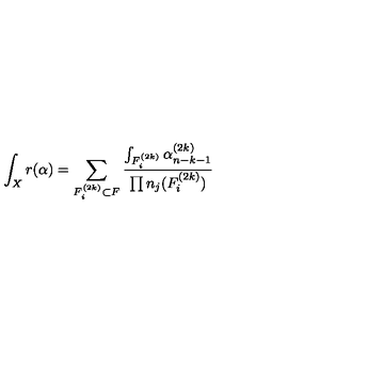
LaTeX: \int _ { X } r ( \alpha ) = \sum _ { F _ { i } ^ { ( 2 k ) } \subset F } \frac { \int _ { F _ { i } ^ { ( 2 k ) } } \alpha _ { n - k - 1 } ^ { ( 2 k ) } } { \prod n _ { j } ( F _ { i } ^ { ( 2 k ) } ) }